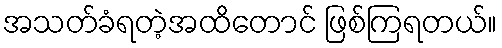
အသတ်ခံရတဲ့အထိတောင် ဖြစ်ကြရတယ်။